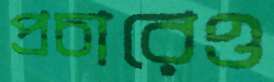
প্রচারেও